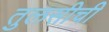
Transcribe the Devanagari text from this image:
तुलसीची